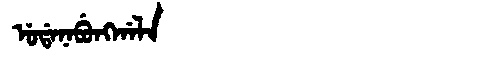
Manchu: ᡠᡩᠠᠨᠠᠪᡠᠩᡤᠠᠯᠠ
Romanization: UDANABUNGGALA